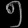
Digit: ၅